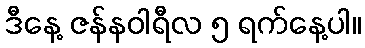
ဒီနေ့ ဇန်နဝါရီလ ၅ ရက်နေ့ပါ။